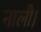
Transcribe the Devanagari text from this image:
नाली।